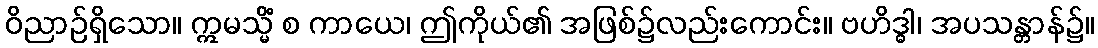
ဝိညာဉ်ရှိသော။ ဣမသ္မိံ စ ကာယေ၊ ဤကိုယ်၏ အဖြစ်၌လည်းကောင်း။ ဗဟိဒ္ဓါ၊ အပသန္တာန်၌။